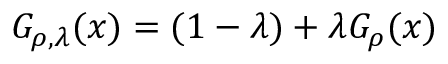
G _ { \rho , \lambda } ( x ) = ( 1 - \lambda ) + \lambda G _ { \rho } ( x )